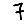
Digit: 7